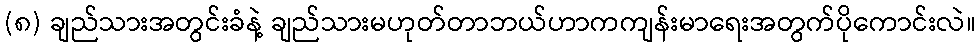
(၈) ချည်သားအတွင်းခံနဲ့ ချည်သားမဟုတ်တာဘယ်ဟာကကျန်းမာရေးအတွက်ပိုကောင်းလဲ။